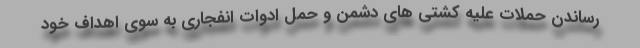
رساندن حملات علیه کشتی های دشمن و حمل ادوات انفجاری به سوی اهداف خود